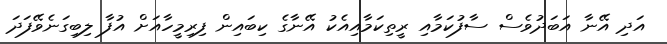
އަދި އޭނާ އަބަދުވެސް ސާފުކަމާއި ރީތިކަމާއިއެކު އޭނާގެ ކިބައިން ފިރިމީހާއަށް އުފާ ލިބިގަނެވޭފަދަ